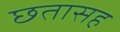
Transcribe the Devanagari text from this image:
छतासह